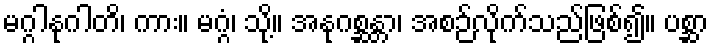
မဂ္ဂါနုဂါတိ၊ ကား။ မဂ္ဂံ၊ သို့။ အနုဂစ္ဆန္တာ၊ အစဉ်လိုက်သည်ဖြစ်၍။ ပစ္ဆာ